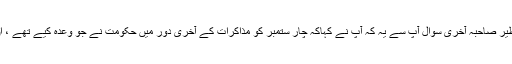
شہناز عزیز: تو بے نظیر صاحبہ آخری سوال آپ سے یہ کہ آپ نے کہاکہ چار ستمبر کو مذاکرات کے آخری دور میں حکومت نے جو وعدہ کیے تھے ، ان پر عمل نہیں کیا گیا۔